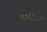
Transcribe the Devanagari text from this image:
मार्गरिट